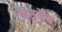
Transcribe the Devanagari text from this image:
विसमैन